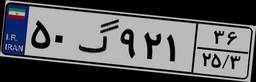
۵۰گ۹۲۱۳۶